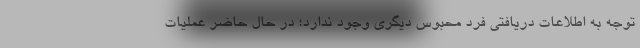
توجه به اطلاعات دریافتی فرد محبوس دیگری وجود ندارد؛ در حال حاضر عملیات